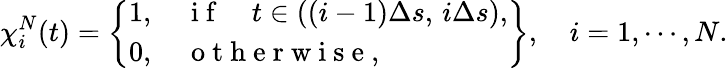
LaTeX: \chi_{i}^{N}(t)=\left\{ \begin{array}{lc}{1,\quad\mathrm{~i~f~}\quad t\in((i-1)\Delta s,\, i\Delta s),}\\ {0,\quad\mathrm{~o~t~h~e~r~w~i~s~e~},}\end{array}\right\} ,\quad i=1,\cdots,N.